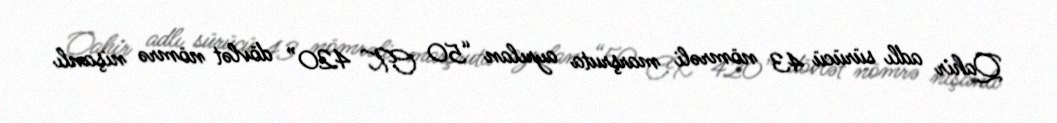
Qahir adlı sürücü 43 nömrəli marşruta ayrılan “50 CK 420” dövlət nömrə nişanlı